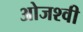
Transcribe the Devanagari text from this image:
ओजश्वी